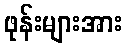
ဖုန်းများအား